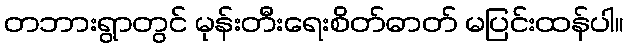
တဘားရွာတွင် မုန်းတီးရေးစိတ်ဓာတ် မပြင်းထန်ပါ။